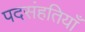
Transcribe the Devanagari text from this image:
पदसंहतियाँ